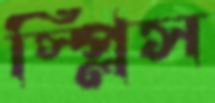
স্প্লিস